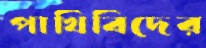
পাখিবিদের